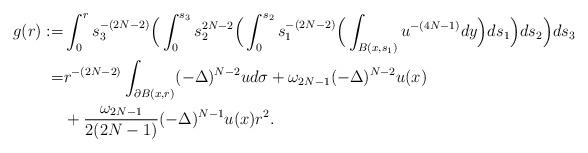
LaTeX: \begin{align*}g(r) :=& \int_0^r s_3^{-(2N-2)} \Big( \int_{0}^{s_3} s_2^{2N-2} \Big( \int_0^{s_2} s_1^{-(2N-2)} \Big(\int_{B(x, s_1)} u^{-(4N-1)} dy \Big)ds_1\Big) ds_2 \Big) ds_3 \\= &r^{-(2N-2)} \int_{\partial B(x, r)} (-\Delta)^{N-2} u d\sigma + \omega_{2N-1} (-\Delta)^{N-2} u(x) \\ & +\frac{\omega_{2N-1}}{2 (2N-1)} (-\Delta)^{N-1} u(x) r^2.\end{align*}